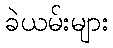
ခဲယမ်းများ